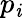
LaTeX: p_{\mathit{i}}